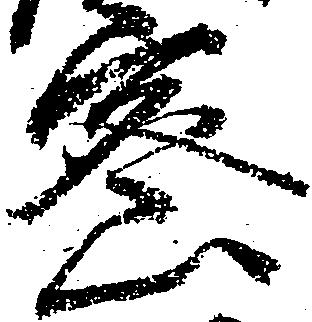
密